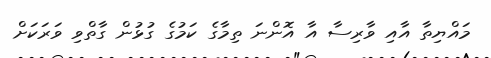
މައްޔިތާ އާއި ވާރިސާ އާ އޮންނަ ތިމާގެ ކަމުގެ ގުޅުން ގާތްވި ވަރަކަށް